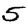
Digit: 5